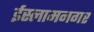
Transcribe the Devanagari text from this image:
ईस्लामनगर